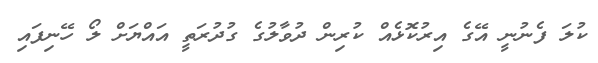
ކުލަ ފެނުނީ އޭގެ އިރުކޮޅެއް ކުރިން ދުވާލުގެ ގުދުރަތީ އައްޔަށް ލޯ ހޭނިފައި